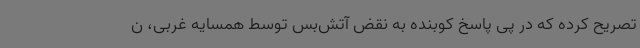
تصریح کرده که در پی پاسخ کوبنده به نقض آتش‌بس توسط همسایه غربی، ن